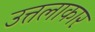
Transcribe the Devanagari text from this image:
उत्तलाकार